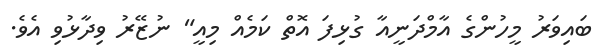
ބައިވަރު މީހުންގެ އާމްދަނީއާ ގުޅިފަ އޮތް ކަމެއް މިއީ" ނުޒޭރު ވިދާޅުވި އެވެ.